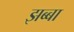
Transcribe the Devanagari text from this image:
झब्बा